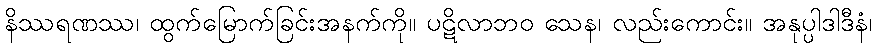
နိဿရဏဿ၊ ထွက်မြောက်ခြင်းအနက်ကို။ ပဋိလာဘဝ သေန၊ လည်းကောင်း။ အနုပ္ပါဒါဒီနံ၊